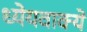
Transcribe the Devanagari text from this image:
ध्येयवाक्ये